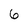
Character: 6